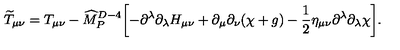
{ \widetilde T } _ { \mu \nu } = T _ { \mu \nu } - { \widehat M } _ { P } ^ { D - 4 } \biggl [ - \partial ^ { \lambda } \partial _ { \lambda } H _ { \mu \nu } + \partial _ { \mu } \partial _ { \nu } ( \chi + g ) - { \frac { 1 } { 2 } } \eta _ { \mu \nu } \partial ^ { \lambda } \partial _ { \lambda } \chi \biggr ] .